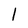
Character: l